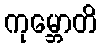
ကုမ္ဘောတိ